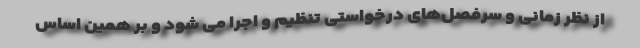
از نظر زمانی و سرفصل‌های درخواستی تنظیم و اجرا می شود و بر همین اساس